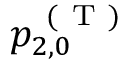
p _ { 2 , 0 } ^ { \mathrm { ~ ( ~ T ~ ) ~ } }